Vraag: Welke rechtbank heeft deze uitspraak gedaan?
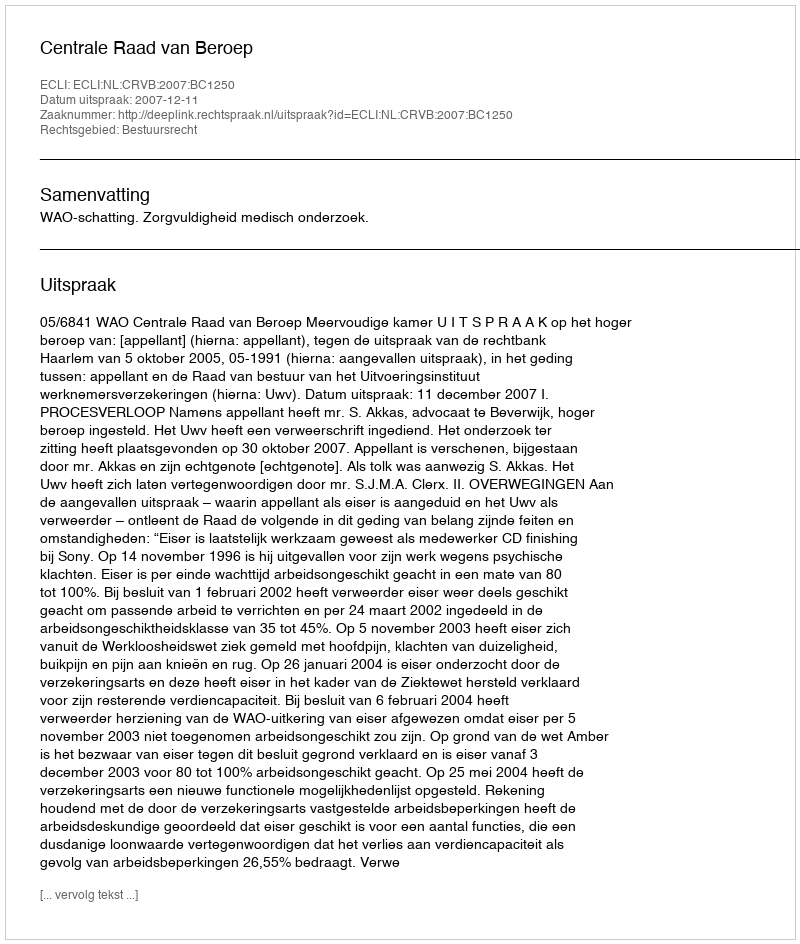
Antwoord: Centrale Raad van Beroep